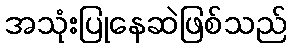
အသုံးပြုနေဆဲဖြစ်သည်